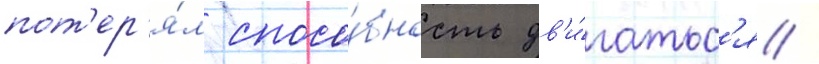
пот'ер'я́л спосо́бность дв'и́гатьс'я /